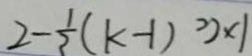
2 - \frac { 1 } { 3 } ( k - 1 ) ^ { 2 } ) \times 1